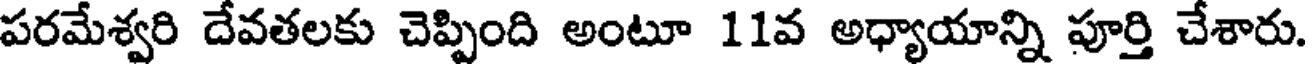
పరమేశ్వరి దేవతలకు చెప్పింది అంటూ 11వ అధ్యాయాన్ని పూర్తి చేశారు.